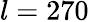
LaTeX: l=270